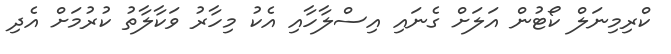
ކްރިމިނަލް ކޯޓުން އަލަށް ގެނައި އިސްލާހާއި އެކު މިހާރު ވަކާލާތު ކުރުމަށް އެދި